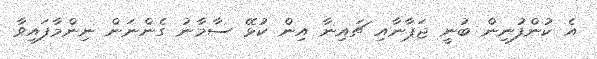
އެ ކުންފުނިން ބުނީ ޖަޕާނާއި ޗައިނާ އިން ކުޅޭ ސާމާނު ގެންނަން ނިންމާފައިވާ